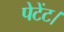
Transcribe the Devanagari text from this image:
पेटेंट।